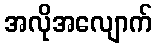
အလိုအလျောက်